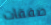
صفقات